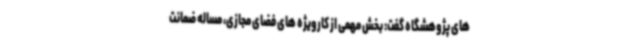
های پژوهشگاه گفت: بخش مهمی از کارویژه های فضای مجازی، مساله ضمانت